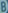
B